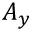
A _ { y }